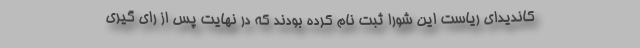
کاندیدای ریاست این شورا ثبت نام کرده بودند که در نهایت پس از رای گیری